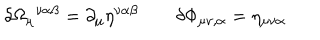
\delta \Omega _ { \mu } { } ^ { \nu \alpha \beta } = \partial _ { \mu } \eta ^ { \nu \alpha \beta } \qquad \delta \Phi _ { \mu \nu , \alpha } = \eta _ { \mu \nu \alpha }